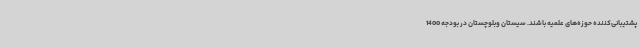
پشتیبانی‌کننده حوزه‌های علمیه باشند. سیستان وبلوچستان در بودجه 1400